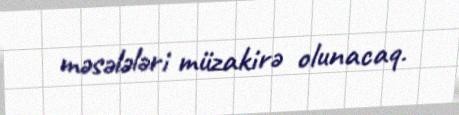
məsələləri müzakirə olunacaq.